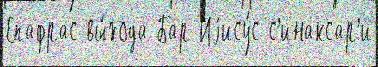
Епафрас вы́хода Бар-Иjису́с с'инаксар'и